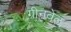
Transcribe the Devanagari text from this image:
ग्रीनवेल